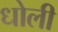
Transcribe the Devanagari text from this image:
धोली